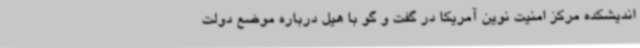
اندیشکده مرکز امنیت نوین آمریکا در گفت و گو با هیل درباره موضع دولت